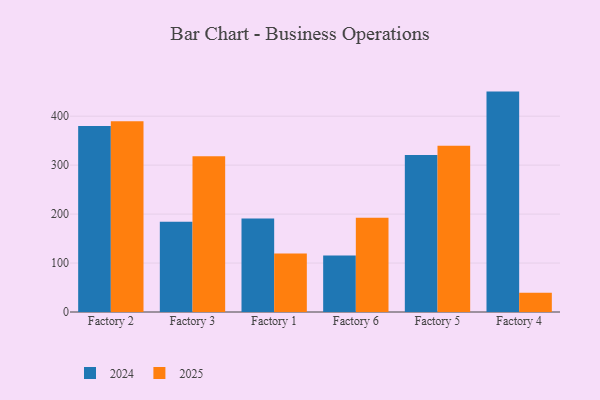
{"axis": {"x": "Factory", "y": "Market Share (%)"}, "legend": ["2024", "2025"], "data": [{"x": "Factory 2", "y": 389.6, "type": "2025"}, {"x": "Factory 2", "y": 379.7, "type": "2024"}, {"x": "Factory 3", "y": 318.0, "type": "2025"}, {"x": "Factory 3", "y": 184.1, "type": "2024"}, {"x": "Factory 1", "y": 119.6, "type": "2025"}, {"x": "Factory 1", "y": 190.9, "type": "2024"}, {"x": "Factory 6", "y": 192.5, "type": "2025"}, {"x": "Factory 6", "y": 115.4, "type": "2024"}, {"x": "Factory 5", "y": 339.7, "type": "2025"}, {"x": "Factory 5", "y": 320.5, "type": "2024"}, {"x": "Factory 4", "y": 39.5, "type": "2025"}, {"x": "Factory 4", "y": 450.2, "type": "2024"}]}